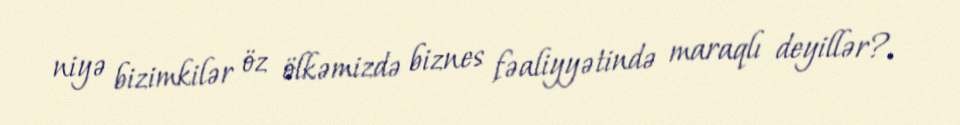
niyə bizimkilər öz ölkəmizdə biznes fəaliyyətində maraqlı deyillər?.